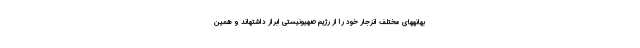
بهانههای مختلف انزجار خود را از رژیم صهیونیستی ابراز داشتهاند و همین